Annual report on the health of the army in India
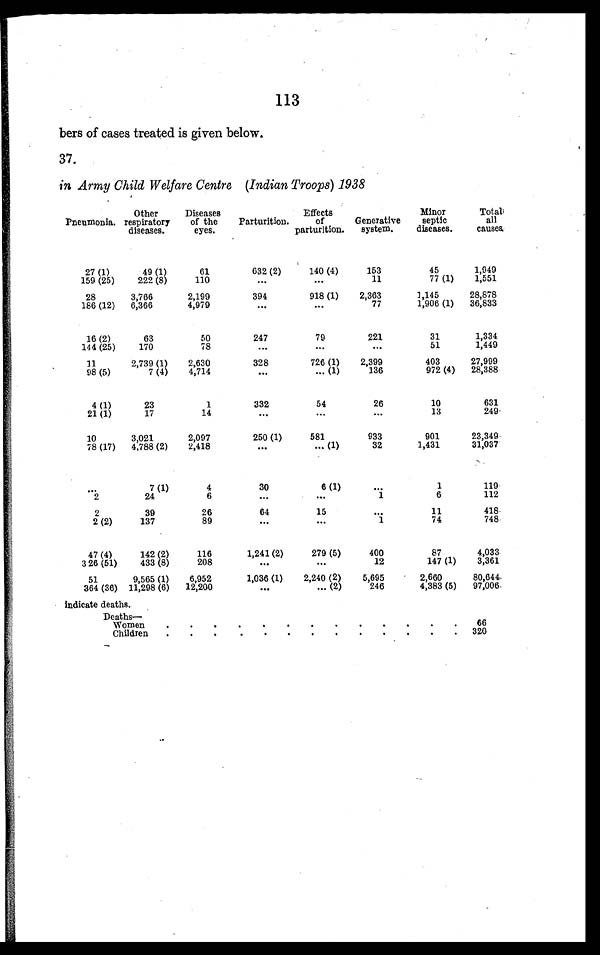
113
bers of cases treated is given below.
37.
in Army Child Welfare Centre (Indian Troops) 1938
Pneumonia.
Other
respiratory
diseases.
Diseases
of the
eyes.
Parturition.
Effects
of
parturition.
Generative
system.
Minor
septic
diseases.
Total
all
causes.
27 (1)
49 (1)
61
632 (2)
140 (4)
153
45
1,949
1,551
159 (25)
222 (8)
110
. . .
. . .
11
77 (1)
28
3,766
2,199
394
918 (1)
2,363
1,145
28,878
77
1,906 (1)
36,833
186 (12)
6,366
4,979
. . .
. . .
16 (2)
63
50
247
79
221
31
1,334
51
1,449
144 (25)
170
78
. . .
. . .
. . .
11
2,739 (1)
2,630
328
726 (1)
2,399
403
27,999
972 (4)
28,388
98 (5)
7 (4)
4,714
. . .
. . . ( 1 )
136
4 (1)
23
1
332
54
26
10
631
249
14
13
21 (1)
17
. . .
. . .
. . .
10
3,021
2,097
250 (1)
581
933
901
23,349
32
1,431
31,037
. . . ( 1 )
78 (17)
4,788 (2)
2,418
. . .
. . .
7 ( 1 )
4
30
6 (1)
. . .
1
119
6
112
24
6
1
. . .
2
. . .
2
39
26
64
15
. . .
11
418
2 (2)
137
89
. . .
. . .
1
74
748
47 (4)
142 (2)
116
1,241 (2)
279 (5)
400
87
4,033
12
147 (1)
3,361
3 26 (51)
433 (8)
208
. . .
. . .
51
9,565 (1)
6,952
1,036 (1)
2,240 (2)
5,695
2,660
80,644-
97,006
12,200
. . . ( 2 )
246
4,383 (5)
364 (36) 11,298 (6)
. . .
indicate deaths.
Deaths
—
women
.
.
.
6 6
320
Children
. . .